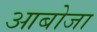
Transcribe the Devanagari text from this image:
आबोजा